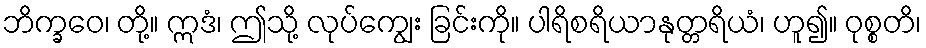
ဘိက္ခဝေ၊ တို့။ ဣဒံ၊ ဤသို့ လုပ်ကျွေး ခြင်းကို။ ပါရိစရိယာနုတ္တရိယံ၊ ဟူ၍။ ဝုစ္စတိ၊